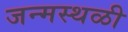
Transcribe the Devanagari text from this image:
जन्मस्थळी